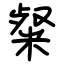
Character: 粲